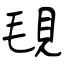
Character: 覒